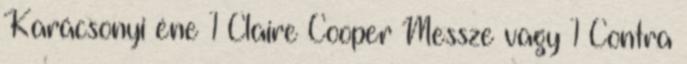
Karácsonyi éne 1 Claire Cooper Messze vagy̷ 1 Contra